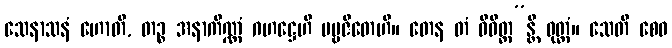
သေနာသနံ ဟောတိ, တဉ္စ အနာကိဏ္ဏံ ဂဟဋ္ဌေဟိ ပဗ္ဗဇိတေဟိ။ တေန တံ ဝိဝိတ္တ”န္တိ ဝုတ္တံ။ သေတိ စေဝ